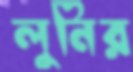
লুনির